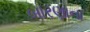
બારણાના